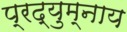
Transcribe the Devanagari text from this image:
प्रद्युम्नाय